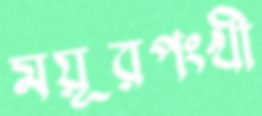
ময়ূরপংখী